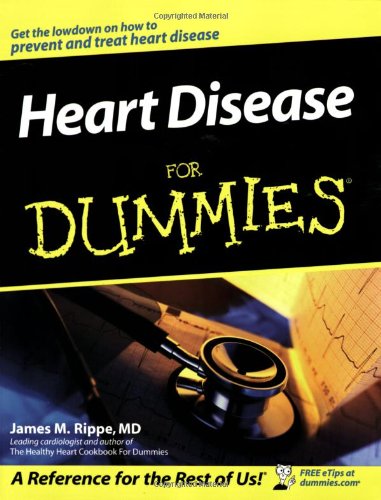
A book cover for Heart Disease For Dummies; James M. Rippe; Health, Fitness & Dieting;